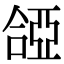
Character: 𠼞